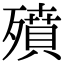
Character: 㱵